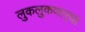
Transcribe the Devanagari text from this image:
लुकलुकणार्‍या